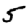
Digit: 5